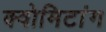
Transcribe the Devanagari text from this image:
क्वोमिटांग